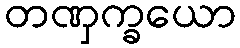
တဏှက္ခယော